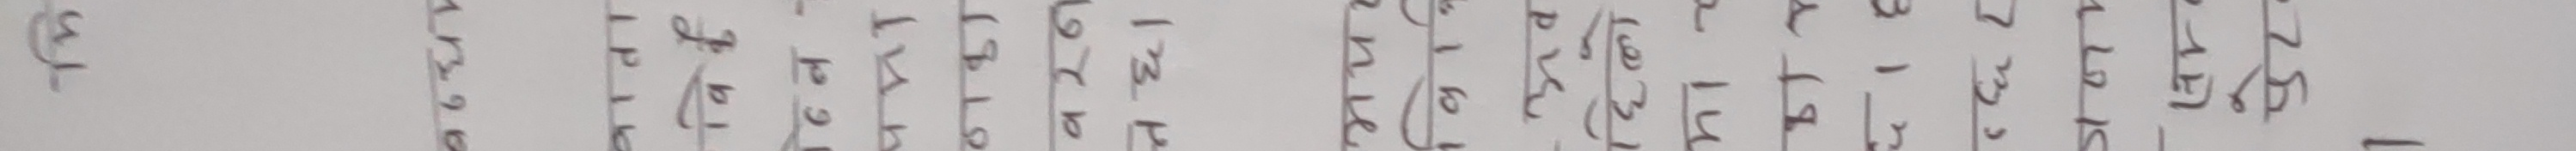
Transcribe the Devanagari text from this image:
१४, ७६, १४ | अहिल्य | असार १ | संसार १ | आजकल | २३ | १९ | ९६ | १८१ | ३१ | (३